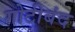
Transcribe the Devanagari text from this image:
गोटीबंद